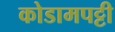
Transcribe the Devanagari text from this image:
कोडामपट्टी